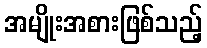
အမျိုးအစားဖြစ်သည့်